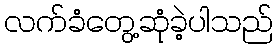
လက်ခံတွေ့ဆုံခဲ့ပါသည်